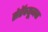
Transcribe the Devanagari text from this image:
सेरॅक्यूजचा